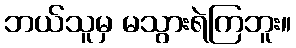
ဘယ်သူမှ မသွားရဲကြဘူး။